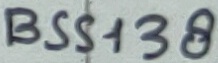
Text: BSS138